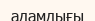
адамдығы